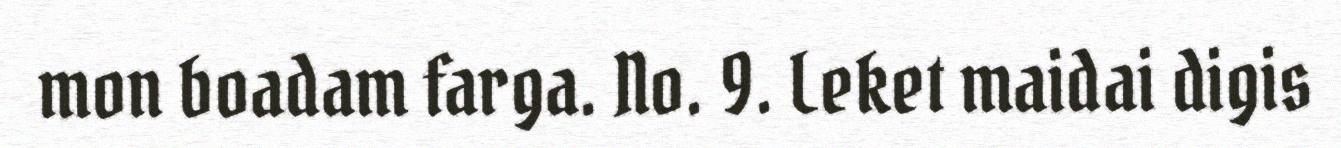
mon boadam farga. No. 9. Leket maidai digis